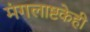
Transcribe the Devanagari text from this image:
मंगलाष्टकेही